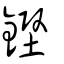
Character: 鏗